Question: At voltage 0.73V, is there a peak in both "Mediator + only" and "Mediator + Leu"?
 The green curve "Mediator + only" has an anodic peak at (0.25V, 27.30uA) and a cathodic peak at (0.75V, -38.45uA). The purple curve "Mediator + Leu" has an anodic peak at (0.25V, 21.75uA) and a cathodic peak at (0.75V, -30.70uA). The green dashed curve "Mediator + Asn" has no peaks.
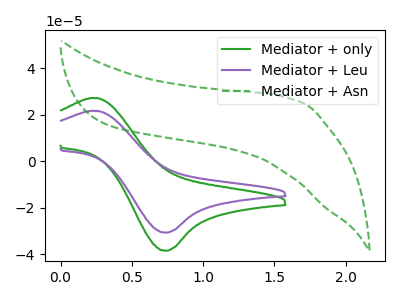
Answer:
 <answer>Yes, "Mediator + only" and "Mediator + Leu" share a peak at 0.73V.</answer>
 <eval>match</eval>